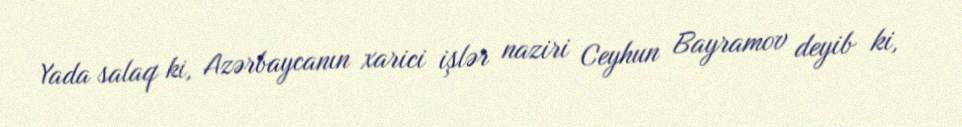
Yada salaq ki, Azərbaycanın xarici işlər naziri Ceyhun Bayramov deyib ki,